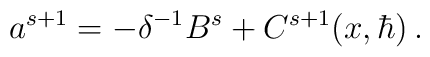
a^{s+1}=-\delta^{-1}B^s+C^{s+1}(x,\hbar)\,.